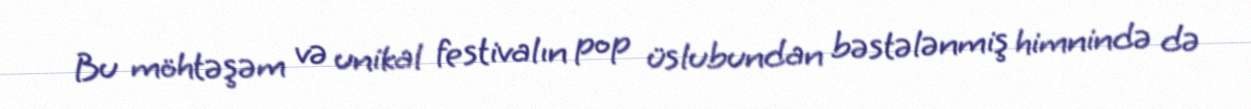
Bu möhtəşəm və unikal festivalın pop üslubundan bəstələnmiş himnində də